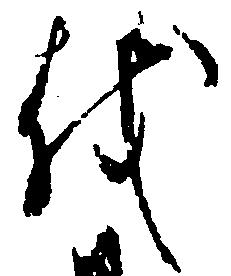
を